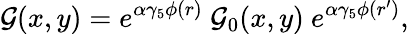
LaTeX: {\cal G}(x,y)=e^{\alpha\gamma_{5}\phi(r)}\ {\cal G}_{0}(x,y)\ e^{\alpha\gamma_{5}\phi(r^{\prime})},